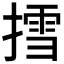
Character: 𢳬